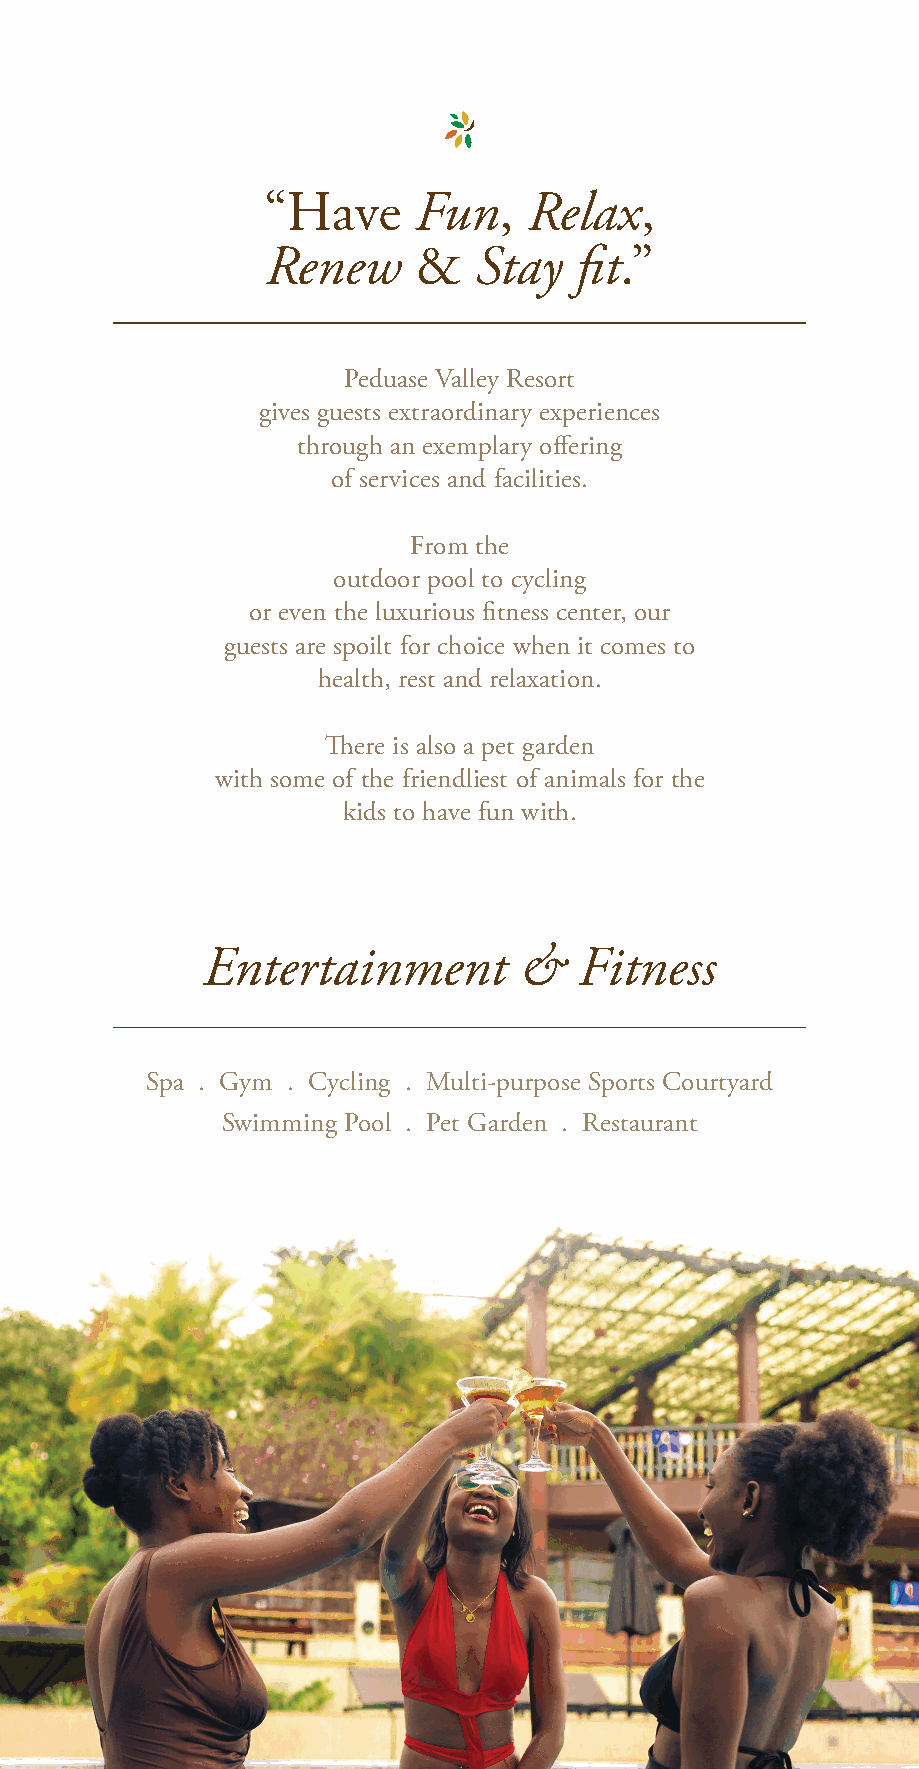
Fun     Relax
 “Have           ,        ,
 Renew        Stay   fit
 &             .”
 Peduase Valley Resort
 gives guests extraordinary experiences
 through an exemplary offering
 of services and facilities.
 From the
 outdoor pool to cycling
 or even the luxurious fitness center, our
 guests are spoilt for choice when it comes to
 health, rest and relaxation.
 There is also a pet garden
 with some of the friendliest of animals for the
 kids to have fun with.
 Entertainment        &   Fitness
 Spa . Gym . Cycling . Multi-purpose Sports Courtyard
 Swimming Pool . Pet Garden . Restaurant